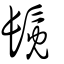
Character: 髧